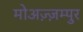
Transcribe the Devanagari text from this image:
मोअज़्ज़म्पुर